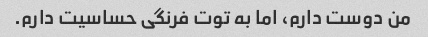
من دوست دارم، اما به توت فرنگی حساسیت دارم.